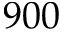
9 0 0